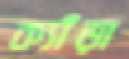
ক্যাঁড়া